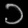
Digit: ၁